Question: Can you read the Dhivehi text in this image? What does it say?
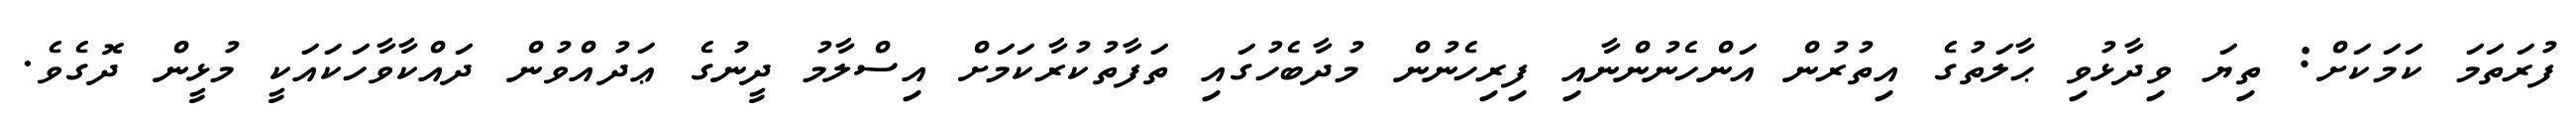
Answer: ފުރަތަމަ ކަމަކަށް: ތިޔަ ވިދާޅުވި ޙާލަތުގެ އިތުރުން އަންހެނުންނާއި ފިރިހެނުން މުދާބެހުގައި ތަފާތުކުރާކަމަށް އިސްލާމު ދީނުގެ ޢަދުއްވުން ދައްކާވާހަކައަކީ މުޅީން ދޮގެވެ.